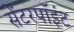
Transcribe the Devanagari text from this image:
सेंटरपॉइंट